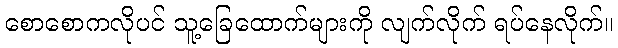
စောစောကလိုပင် သူ့ခြေထောက်များကို လျက်လိုက် ရပ်နေလိုက်။